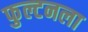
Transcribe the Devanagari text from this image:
फुल्टनला